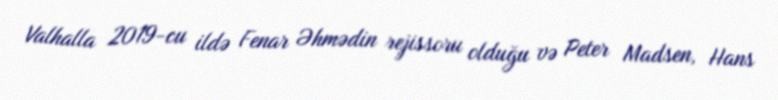
Valhalla 2019-cu ildə Fenar Əhmədin rejissoru olduğu və Peter Madsen, Hans